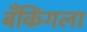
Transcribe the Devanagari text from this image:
बँकिंगला